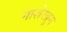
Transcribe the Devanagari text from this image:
गाशेरब्रुम